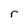
Character: r